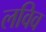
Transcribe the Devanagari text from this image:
लविव